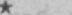
*